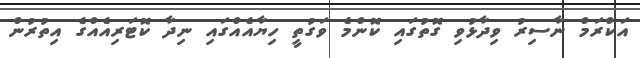
އަކްރަމް ނާސިރު ވިދާޅުވި ގޮތުގައި ކޮންމެ ވަގުތީ ހިޔާއެއްގައި ނިދާ ކޮޓަރިއެއްގެ އިތުރުން